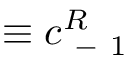
\equiv c _ { \mathrm { ~ - ~ } 1 } ^ { R }